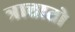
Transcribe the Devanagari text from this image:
त्रात्तातो